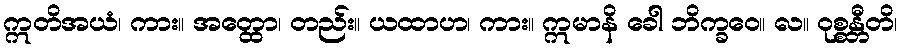
ဣတိအယံ၊ ကား။ အတ္ထော၊ တည်း။ ယထာဟ၊ ကား။ ဣမာနိ ခေါ ဘိက္ခဝေ။ လ။ ဝုစ္စန္တီတိ၊